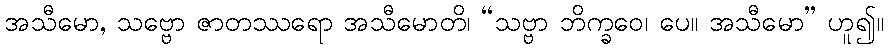
အသီမော, သဗ္ဗော ဇာတဿရော အသီမောတိ၊ “သဗ္ဗာ ဘိက္ခဝေ၊ ပေ။ အသီမော” ဟူ၍။